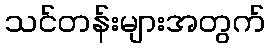
သင်တန်းများအတွက်